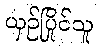
ယှဉ်ပြိုင်သူ